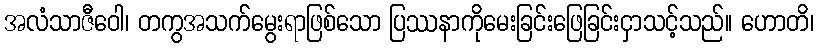
အလံသာဇီဝေါ၊ တကွအသက်မွေးရာဖြစ်သော ပြဿနာကိုမေးခြင်းဖြေခြင်းငှာသင့်သည်။ ဟောတိ၊